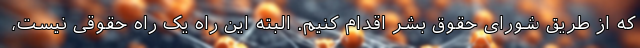
که از طریق شورای حقوق بشر اقدام کنیم. البته این راه یک راه حقوقی نیست،